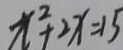
\pi ^ { 2 } + 2 x = 1 5